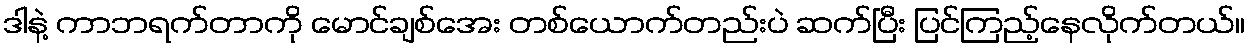
ဒါနဲ့ ကာဘရက်တာကို မောင်ချစ်အေး တစ်ယောက်တည်းပဲ ဆက်ပြီး ပြင်ကြည့်နေလိုက်တယ်။